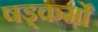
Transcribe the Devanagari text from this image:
षड्कर्मों